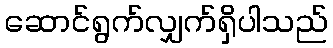
ဆောင်ရွက်လျှက်ရှိပါသည်